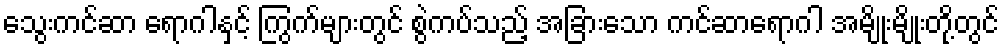
သွေးကင်ဆာ ရောဂါနှင့် ကြွက်များတွင် စွဲကပ်သည့် အခြားသော ကင်ဆာရောဂါ အမျိုးမျိုးတို့တွင်